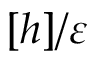
[ h ] / \varepsilon